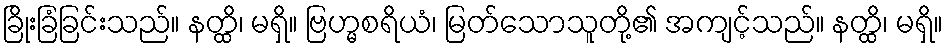
ခြိုးခြံခြင်းသည်။ နတ္ထိ၊ မရှိ။ ဗြဟ္မစရိယံ၊ မြတ်သောသူတို့၏ အကျင့်သည်။ နတ္ထိ၊ မရှိ။